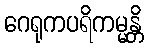
ဂေရုကပရိကမ္မန္တိ